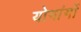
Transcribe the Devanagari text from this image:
योगांगों